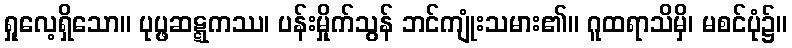
ရှုလေ့ရှိသော။ ပုပ္ဖဆဋ္ဋကဿ၊ ပန်းမှိုက်သွန် ဘင်ကျုံးသမား၏။ ဂူထရာသိမှိ၊ မစင်ပုံ၌။